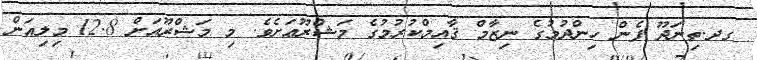
ގދ.ތިނަދޫ ފެން ހިންދުމުގެ ނިޒާމް ޤާއިމްކުރުމުގެ މަޝްރޫޢަށެވެ. މި މަޝްރޫއަށް 12.8 މިލިއަން